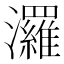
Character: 𤄷